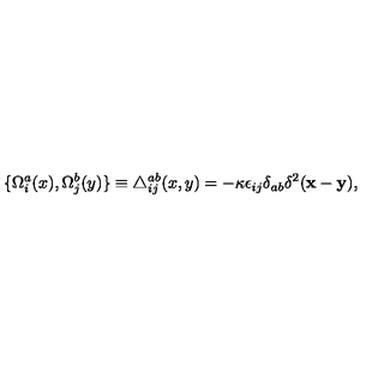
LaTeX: \{ \Omega _ { i } ^ { a } ( x ) , \Omega _ { j } ^ { b } ( y ) \} \equiv \triangle _ { i j } ^ { a b } ( x , y ) = - \kappa \epsilon _ { i j } \delta _ { a b } \delta ^ { 2 } ( { \bf x } - { \bf y } ) ,